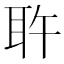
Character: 𰭷